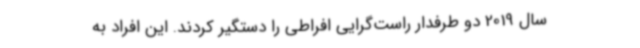
سال 2019 دو طرفدار راست‌گرایی افراطی را دستگیر کردند. این افراد به